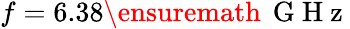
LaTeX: f=6.38{\ensuremath{\, \mathrm{~G~H~z~}}}